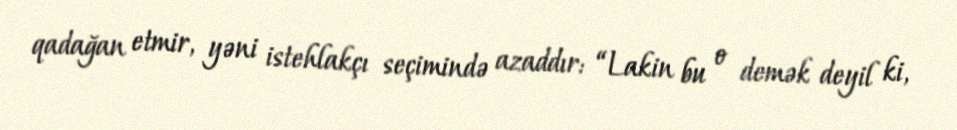
qadağan etmir, yəni istehlakçı seçimində azaddır: “Lakin bu o demək deyil ki,